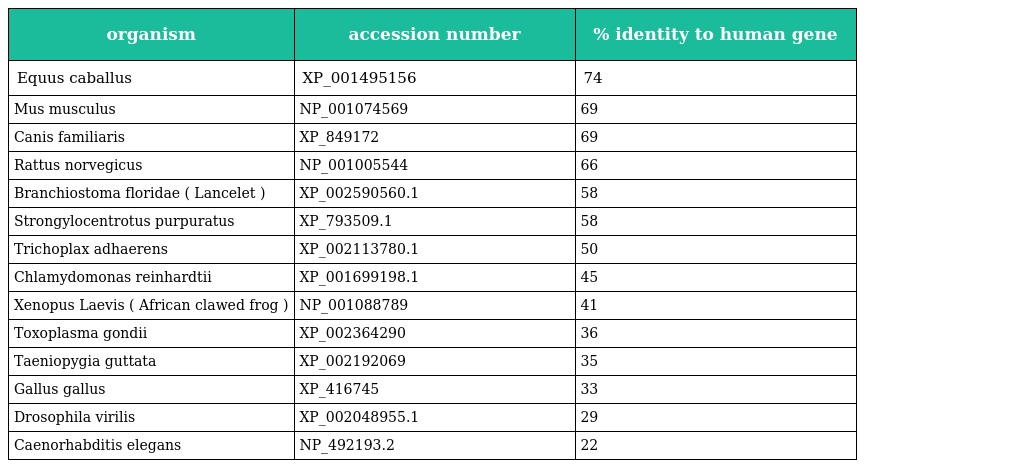
| organism | accession number | % identity to human gene |
 | --- | --- | --- |
 | Equus caballus | XP_001495156 | 74 |
 | Mus musculus | NP_001074569 | 69 |
 | Canis familiaris | XP_849172 | 69 |
 | Rattus norvegicus | NP_001005544 | 66 |
 | Branchiostoma floridae ( Lancelet ) | XP_002590560.1 | 58 |
 | Strongylocentrotus purpuratus | XP_793509.1 | 58 |
 | Trichoplax adhaerens | XP_002113780.1 | 50 |
 | Chlamydomonas reinhardtii | XP_001699198.1 | 45 |
 | Xenopus Laevis ( African clawed frog ) | NP_001088789 | 41 |
 | Toxoplasma gondii | XP_002364290 | 36 |
 | Taeniopygia guttata | XP_002192069 | 35 |
 | Gallus gallus | XP_416745 | 33 |
 | Drosophila virilis | XP_002048955.1 | 29 |
 | Caenorhabditis elegans | NP_492193.2 | 22 |